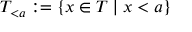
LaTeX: T _ { < a } : = \{ x \in T \mid x < a \}